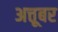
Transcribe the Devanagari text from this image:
अत्तूबर